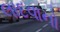
લાદવાનો